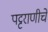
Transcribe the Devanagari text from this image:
पट्टराणीचे